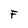
Character: F